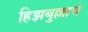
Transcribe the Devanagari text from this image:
हिझबुल्लाचे